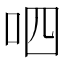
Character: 呬